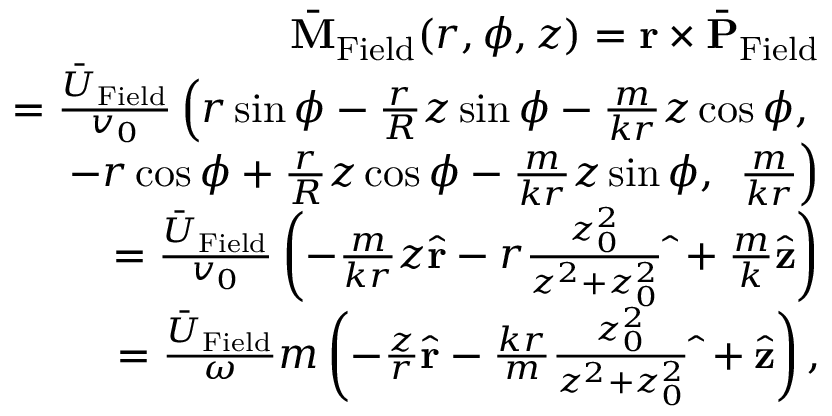
\begin{array} { r l r } & { } & { \bar { \bf M } _ { \mathrm { F i e l d } } ( r , \phi , z ) = { \bf r } \times \bar { \bf P } _ { \mathrm { F i e l d } } } \\ & { } & { = \frac { \bar { U } _ { \mathrm { F i e l d } } } { v _ { 0 } } \left( r \sin \phi - \frac { r } { R } z \sin \phi - \frac { m } { k r } z \cos \phi , \right. } \\ & { } & { \quad \quad - r \cos \phi + \frac { r } { R } z \cos \phi - \frac { m } { k r } z \sin \phi , \ \left. \frac { m } { k r } \right) } \\ & { } & { = \frac { \bar { U } _ { \mathrm { F i e l d } } } { v _ { 0 } } \left( - \frac { m } { k r } z \hat { \bf r } - r \frac { z _ { 0 } ^ { 2 } } { z ^ { 2 } + z _ { 0 } ^ { 2 } } \hat { \bf \Phi } + \frac { m } { k } \hat { \bf z } \right) } \\ & { } & { = \frac { \bar { U } _ { \mathrm { F i e l d } } } { \omega } m \left( - \frac { z } { r } \hat { \bf r } - \frac { k r } { m } \frac { z _ { 0 } ^ { 2 } } { z ^ { 2 } + z _ { 0 } ^ { 2 } } \hat { \bf \Phi } + \hat { \bf z } \right) , } \end{array}